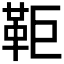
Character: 𩉸